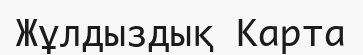
Жұлдыздық Карта